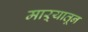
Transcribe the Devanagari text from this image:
माऱ्यातून